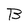
Character: B